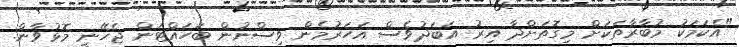
"އެކަމަކު މުބާރާތަކަށް މިގޮތަށްދާ އިރު އަބަދުވެސް އަހަރުމެން ވިސްނުން ބަހައްޓަން ޖެހޭނީ މޮޅުވާން.